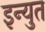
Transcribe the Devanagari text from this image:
इन्युत